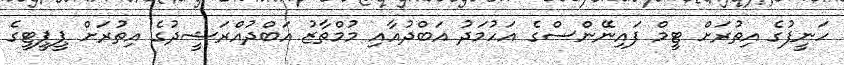
ހަނީފުގެ އިތުރަށް ޓީމް ފައިނޭންސްގެ އަހުމަދު އަބްދުއާއި މުމްތާޒު އަބްދުއްރަޝީދުގެ އިތުރަށް ޕީޕީޓީގެ